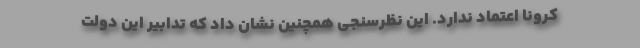
کرونا اعتماد ندارد. این نظرسنجی همچنین نشان داد که تدابیر این دولت